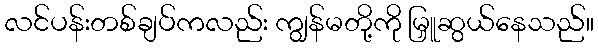
လင်ပန်းတစ်ချပ်ကလည်း ကျွန်မတို့ကို မြှူဆွယ်နေသည်။